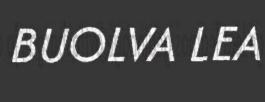
BUOLVA LEA